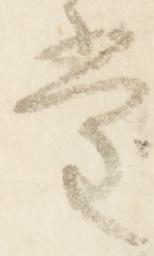
堂